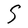
Character: S